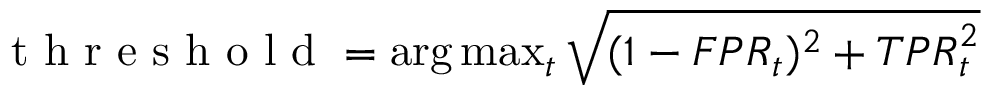
\begin{array} { r } { \mathrm { ~ t ~ h ~ r ~ e ~ s ~ h ~ o ~ l ~ d ~ } = \arg \operatorname* { m a x } _ { t } \sqrt { ( 1 - { F P R } _ { t } ) ^ { 2 } + { T P R } _ { t } ^ { 2 } } } \end{array}